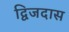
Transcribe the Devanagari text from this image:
द्विजदास